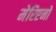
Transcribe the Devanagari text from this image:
मेरिएनो